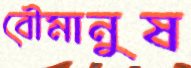
বৌমানুষ